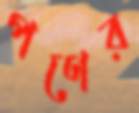
পণের